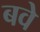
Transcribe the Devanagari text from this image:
बवे